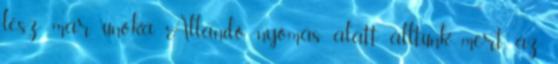
lesz már unoka. Állandó nyomás alatt álltunk, mert az